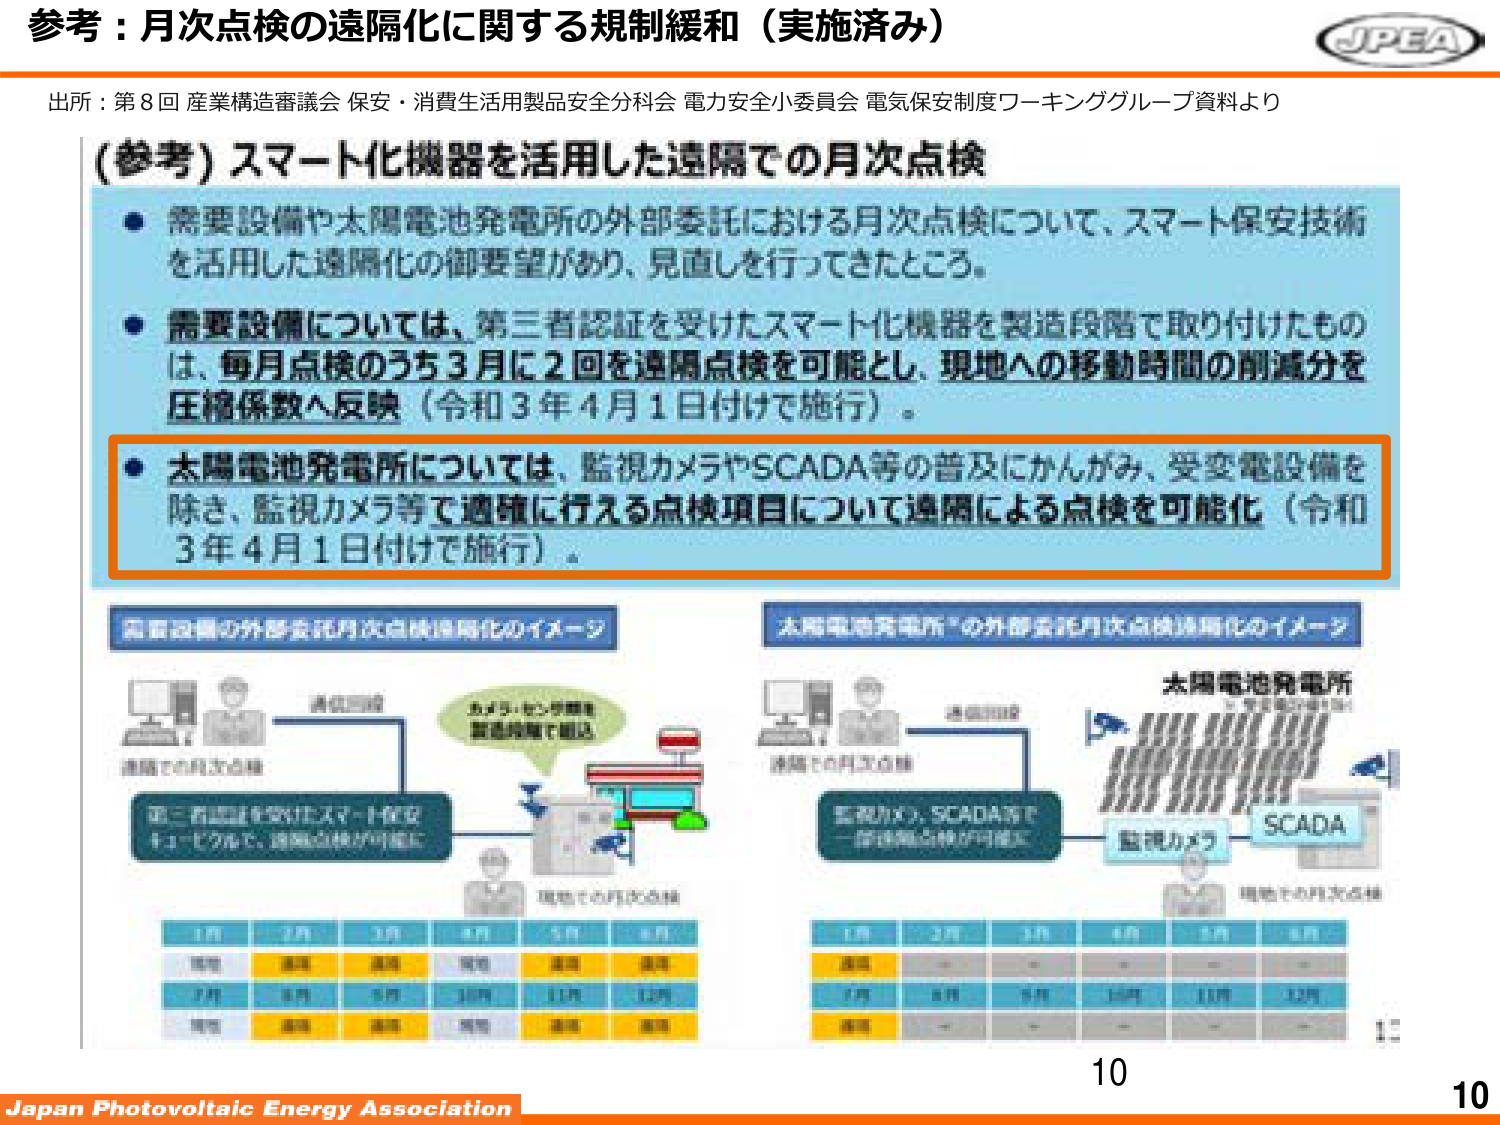
参考：月次点検の遠隔化に関する規制緩和（実施済み）

出所：第8回 産業構造審議会 保安・消費生活用製品安全分科会 電力安全小委員会 電気保安制度ワーキンググループ資料より

(参考) スマート化機器を活用した遠隔での月次点検

● 需要設備や太陽電池発電所の外部委託における月次点検について、スマート保安技術を活用した遠隔化の御要望があり、見直しを行ってきたところ。

● 需要設備については、第三者認証を受けたスマート化機器を製造段階で取り付けたものは、毎月点検のうち3月に2回を遠隔点検を可能とし、現地への移動時間の削減分を圧縮係数へ反映（令和3年4月1日付で施行）。

● 太陽電池発電所については、監視カメラやSCADA等の普及にかんがみ、受変電設備を除き、監視カメラ等で適確に行える点検項目について遠隔による点検を可能化（令和3年4月1日付で施行）。

需要設備の外部委託月次点検遠隔化のイメージ

遠隔での月次点検
→ 通信回線
→ 第三者認証を受けたスマート化機器により、遠隔点検が可能
→ カメラ・センサ等を製造段階で組込
→ 現地での月次点検

太陽電池発電所の外部委託月次点検遠隔化のイメージ

遠隔での月次点検
→ 通信回線
→ 監視カメラ、SCADA等で遠隔点検が可能
→ 監視カメラ
→ SCADA
→ 現地での月次点検

太陽電池発電所

1月 2月 3月 4月 5月 6月
遠隔 ● ● ● ● ● ●
現地 ● ● ● ● ● ●
遠隔 ● ● ● ● ● ●

1月 2月 3月 4月 5月 6月
遠隔 ● - - - - -
現地 ● ● ● ● ● ●
遠隔 - - - - - -

10

Japan Photovoltaic Energy Association

JPEA